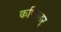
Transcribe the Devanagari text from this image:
कपिल्ढर्